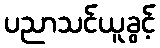
ပညာသင်ယူခွင့်